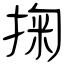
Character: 掬